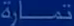
تمارين